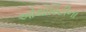
ઓથોરિટીના